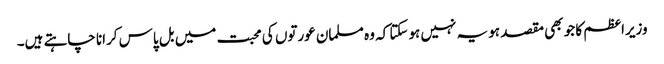
وزیراعظم کا جو بھی مقصد ہو یہ نہیں ہوسکتا کہ وہ مسلمان عورتوں کی محبت میں بل پاس کرانا چاہتے ہیں۔